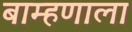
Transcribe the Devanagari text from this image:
बाम्हणाला